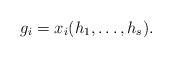
LaTeX: \begin{align*}g_i = x_i(h_1,\ldots,h_s).\end{align*}